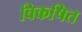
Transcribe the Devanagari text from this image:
विकषित